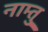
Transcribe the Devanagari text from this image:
नाम्तु